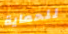
للحماية